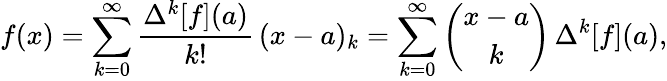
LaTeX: f(x)=\sum_{k=0}^{\infty}{\frac{\Delta^{k}[f](a)}{k!}}\, (x-a)_{k}=\sum_{k=0}^{\infty}{\binom{x-a}{k}}\, \Delta^{k}[f](a),